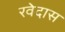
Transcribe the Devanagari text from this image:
रवेदास